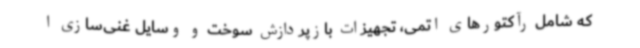
که شامل رآکتورهای اتمی، تجهیزات بازپردازش سوخت و وسایل غنی‌سازی ا